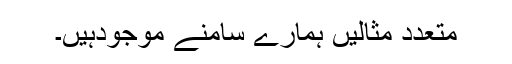
متعدد مثالیں ہمارے سامنے موجودہیں۔